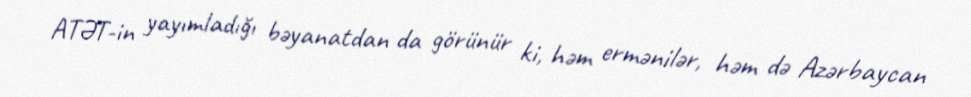
ATƏT-in yayımladığı bəyanatdan da görünür ki, həm ermənilər, həm də Azərbaycan